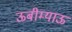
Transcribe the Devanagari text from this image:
ऊबीम्याऊ